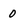
Character: 0